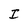
Character: I